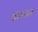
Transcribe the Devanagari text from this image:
कश्पय